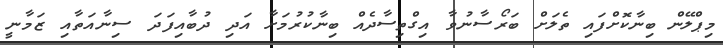
މިޕްލޭން ބިނާކޮށްފައި ތެލަށް ބަރޯސާނުވާ އިގްތިސާދެއް ބިނާކުރުމަށާ އަދި ދުބާއިފަދަ ސިނާއަތާއި ޒަމާނީ